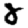
Digit: 8